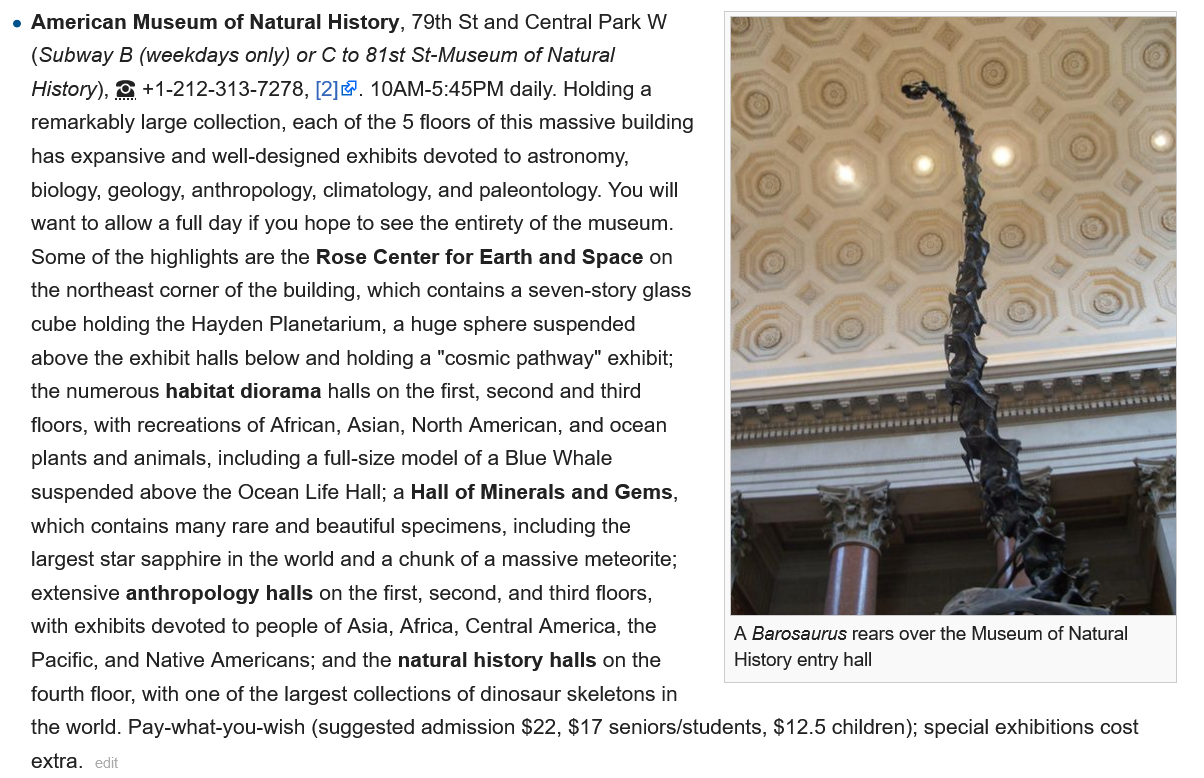
A Barosaurus rears over the Museum of Natural
     History entry hall
  . American Museum   of Natural History, 79th St and Central Park W
    (Subway B (weekdays only) or C to 81st St-Museum of Natural
    History), @ +1-212-313-7278, [2]. 10AM-5:45PM daily. Holding a
    remarkably large collection, each of the 5 floors of this massive building
    has expansive and well-designed exhibits devoted to astronomy,
    biology, geology, anthropology, climatology, and paleontology. You will
   want to allow a full day if you hope to see the entirety of the museum.
    Some of the highlights are the Rose Center for Earth and Space on
   the northeast corner of the building, which contains a seven-story glass
    cube holding the Hayden Planetarium, a huge sphere suspended
    above the exhibit halls below and holding a "cosmic pathway" exhibit;
   the numerous habitat diorama halls on the first, second and third
   floors, with recreations of African, Asian, North American, and ocean
    plants and animals, including a full-size model of a Blue Whale
    suspended above the Ocean Life Hall; a Hall of Minerals and Gems,
   which contains many rare and beautiful specimens, including the
    largest star sapphire in the world and a chunk of a massive meteorite;

    extensive anthropology halls on the first, second, and third floors,
   with exhibits devoted to people of Asia, Africa, Central America, the
     A Barosaurus rears over the Museum of Natural
    Pacific, and Native Americans; and the natural history halls on the History entry hall
   fourth floor, with one of the largest collections of dinosaur skeletons in
   the world. Pay-what-you-wish (suggested admission $22, $17 seniors/students, $12.5 children); special exhibitions cost
    extra.